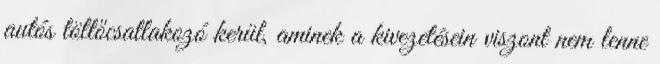
autós töltőcsatlakozó kerül, aminek a kivezetésein viszont nem lenne